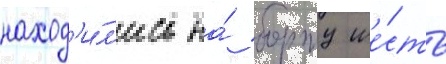
наход'и́л'ись на́ борту ше́сть